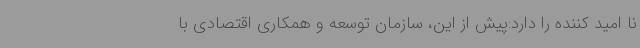
نا امید کننده را دارد:پیش از این، سازمان توسعه و همکاری اقتصادی با